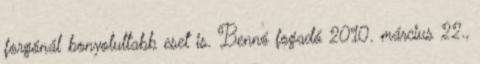
forgónál bonyolultabb eset is. Bennó fogadó 2010. március 22.,